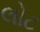
લોટ